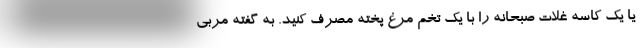
یا یک کاسه غلات صبحانه را با یک تخم مرغ پخته مصرف کنید. به گفته مربی